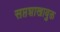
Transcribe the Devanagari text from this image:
सप्तशाखायुक्त